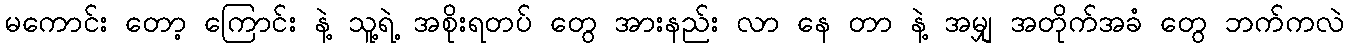
မကောင်း တော့ ကြောင်း နဲ့ သူ့ရဲ့ အစိုးရတပ် တွေ အားနည်း လာ နေ တာ နဲ့ အမျှ အတိုက်အခံ တွေ ဘက်ကလဲ